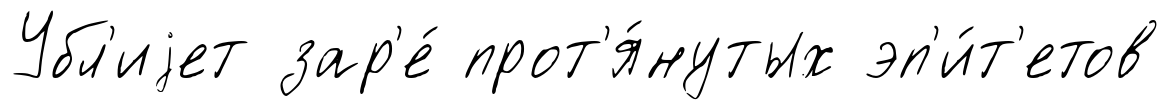
Убл'иjет зар'е́ прот'я́нутых эп'и́т'етов